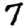
Digit: 7